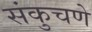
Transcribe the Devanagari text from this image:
संकुचणे